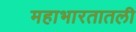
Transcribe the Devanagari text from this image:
महाभारतातली